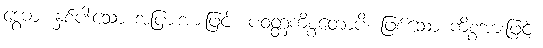
ဒွေဓာ၊ နှစ်ပါးသော အပြားအားဖြင့်။ ပဝတ္တကိစ္စတောပိ၊ ဖြစ်သော ကိစ္စအားဖြင့်။